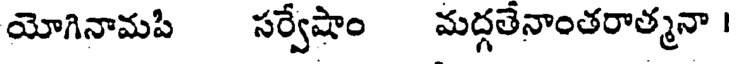
యోగినామపి సర్వేషాం మద్గతేనాంతరాత్మనా